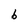
Character: 6